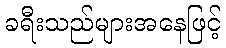
ခရီးသည်များအနေဖြင့်